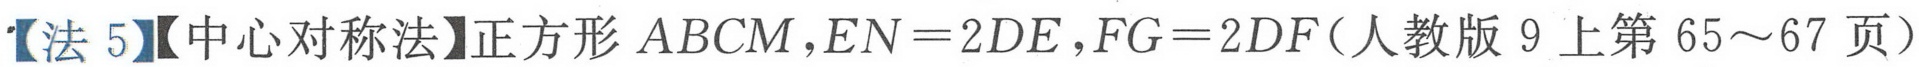
【法 5】【中心对称法】正方形\(ABCM\)，\(EN = 2DE\)，\(FG = 2DF\)（人教版 9 上第 65～67 页）